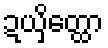
ဍယှိတ္ထော